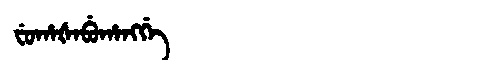
Manchu: ᠸᡠᡥᠠᡧᠠᠪᡠᡥᠠᠩᡤᡝ
Romanization: FUHAŠABUHANGGE